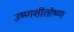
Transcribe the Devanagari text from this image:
उष्णशीतोष्ण